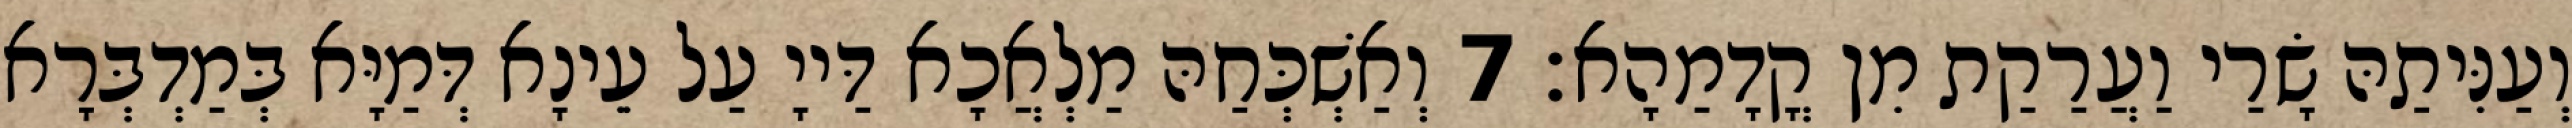
וְעַנִּיתַהּ שָׂרַי וַעֲרַקַת מִן קֳדָמַהָא׃ 7 וְאַשְׁכְּחַהּ מַלְאֲכָא דַּייָ עַל עֵינָא דְּמַיָּא בְּמַדְבְּרָא